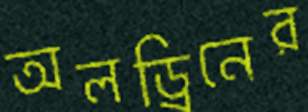
অলড্রিনের